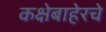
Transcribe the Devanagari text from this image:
कक्षेबाहेरचे